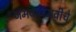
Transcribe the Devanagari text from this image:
जमवाजमवीचे